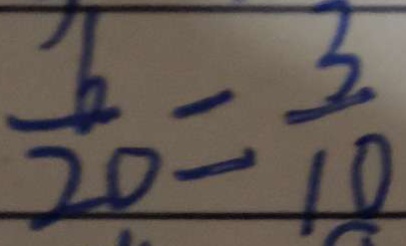
\frac { 6 } { 2 0 } = \frac { 3 } { 1 0 }